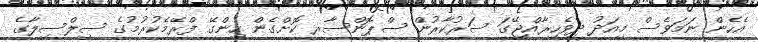
އެހެން ނަމަވެސް މިއަދު ދިވެހިރާއްޖޭގަ ސަރުކާރުން ސްޕޮންސާރ ކޮށްގެން ހިންގޭ ފްރޭމެކުރުމުގެ ސިލްސިލާގެ